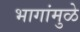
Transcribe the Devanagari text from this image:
भागांमुळे